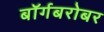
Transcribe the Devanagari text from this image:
बॉर्गबरोबर